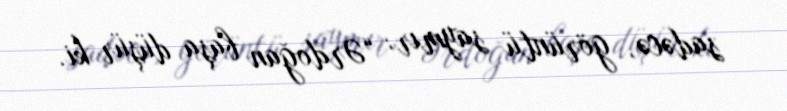
sadəcə, görüntü saymır: “Ərdoğan başa düşür ki.